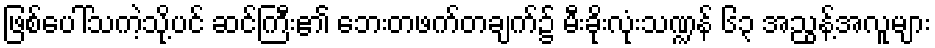
ဖြစ်ပေါ်သကဲ့သို့ပင် ဆင်ကြီး၏ ဘေးတဖက်တချက်၌ မီးခိုးလုံးသဏ္ဍန် ၆၃ အညွန့်အလူများ